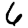
Digit: 6